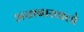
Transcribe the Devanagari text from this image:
अखबारवालो